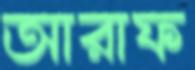
আরাফ